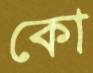
কো